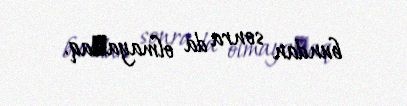
bundan sonra da olmayaсaq.